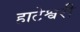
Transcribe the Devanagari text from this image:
हाटेश्वरी